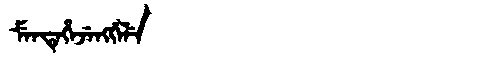
Manchu: ᠮᡝᠨᡨᡝᡥᡝᠵᡝᠩᡤᡝᠯᡝ
Romanization: MENTEHEJENGGELE